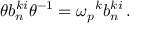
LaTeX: \theta b _ { n } ^ { k i } \theta ^ { - 1 } = { \omega _ { p } } ^ { k } b _ { n } ^ { k i } \, .